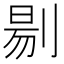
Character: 𭃶